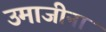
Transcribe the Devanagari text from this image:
उमाजीना